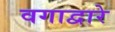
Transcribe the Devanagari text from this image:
वगाद्वारे